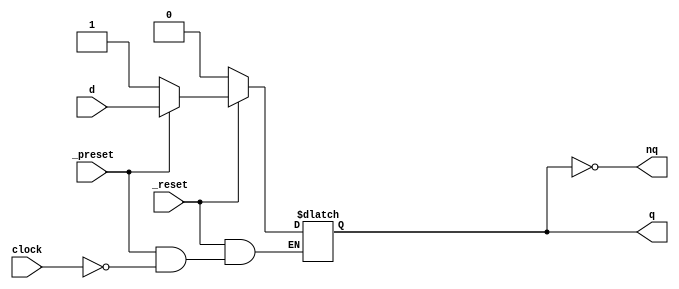
//	D Latch HDL Model (Behavioral)
module d_latch
(
	input clock, _reset, _preset, d,
	output reg q,
	output nq
);

assign nq = ~q;

always@(clock or !_reset or !_preset or d) //	Designed like a combinational circuit.
begin
	if(!_reset)
		q <= 0;
	else if(!_preset)
		q <= 1;
	else if(clock)
		q <= d; /*	Except, note the missing else here
					(creates a D-latch)
				*/
end
endmodule
//	"<=" called non-blocking or concurrent assignment